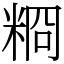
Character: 𥺂